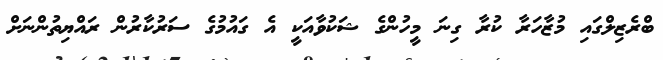
ބްރެޒިލްގައި މުޒާހަރާ ކުރާ ގިނަ މީހުންގެ ޝަކުވާއަކީ އެ ގައުމުގެ ސަރުކާރުން ރައްޔިތުންނަށް